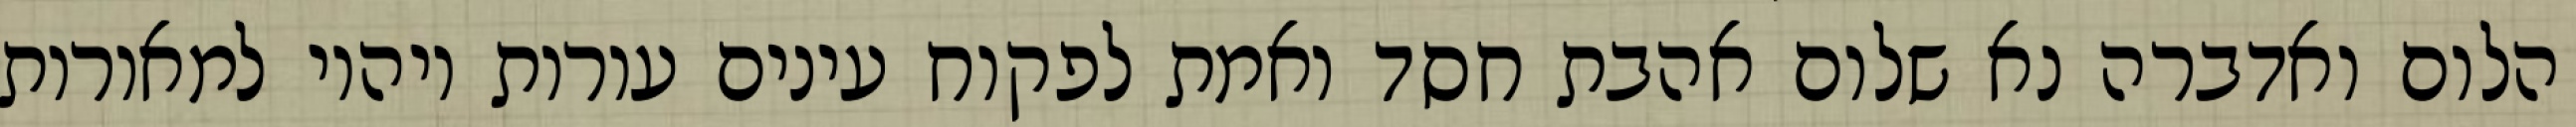
הלום ואדברה נא שלום אהבת חסד ואמת לפקוח עינים עורות ויהיו למאורות